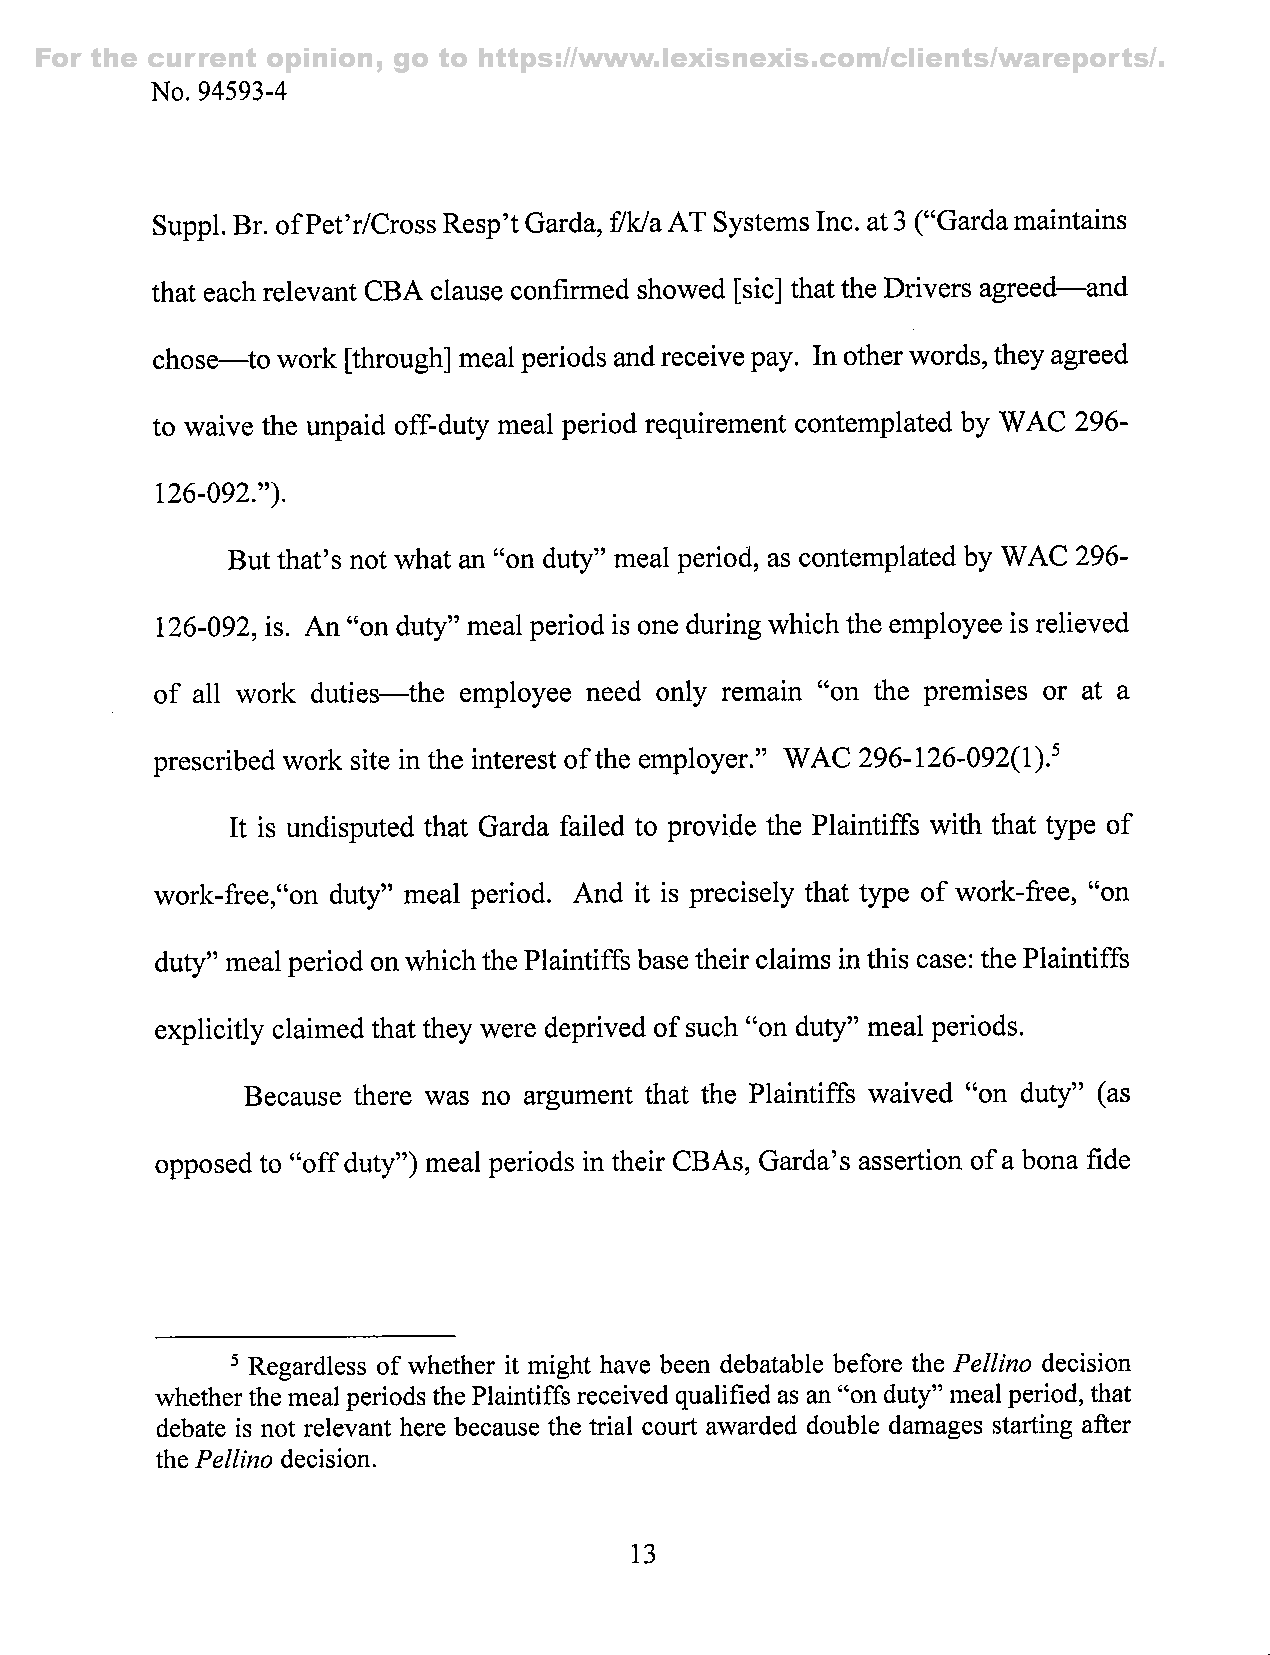
For the current opinion, go to https://www.lexisnexis.com/clients/wareports/.
 No. 94593-4
 Suppl. Br. ofP et'r/Cross Resp't Garda,f /k/a AT Systems Inc. at 3( "Garda maintains
 that each relevant CBA clause confirmed showed [sic] that the Drivers agreed—and
 chose—^to work [through] meal periods and receive pay. In other words,t hey agreed
 to waive the unpaid off-duty meal period requirement contemplated by WAG 296-
 126-092.").
 But that's not what an "on duty" meal period, as contemplated by WAG 296-
 126-092, is. An "on duty" meal period is one during which the employee is relieved
 of all work duties—^the employee need only remain "on the premises or at a
 prescribed work site in the interest of the employer." WAG 296-126-092(1).^
 It is undisputed that Garda failed to provide the Plaintiffs with that type of
 work-free,"on duty" meal period. And it is precisely that type of work-free, "on
 duty" meal period on which the Plaintiffs base their claims in this case: the Plaintiffs
 explicitly claimed that they were deprived of such "on duty" meal periods.
 Because there was no argument that the Plaintiffs waived "on duty" (as
 opposed to "off duty") meal periods in their GBAs, Garda's assertion of a bona fide
 ^ Regardless of whether it might have been debatable before the Pellino deeision
 whether the meal periods the Plaintiffs reeeived qualified as an "on duty" meal period, that
 debate is not relevant here beeause the trial court awarded double damages starting after
 the Pellino deeision.
 13